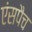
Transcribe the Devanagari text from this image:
एंसपैच